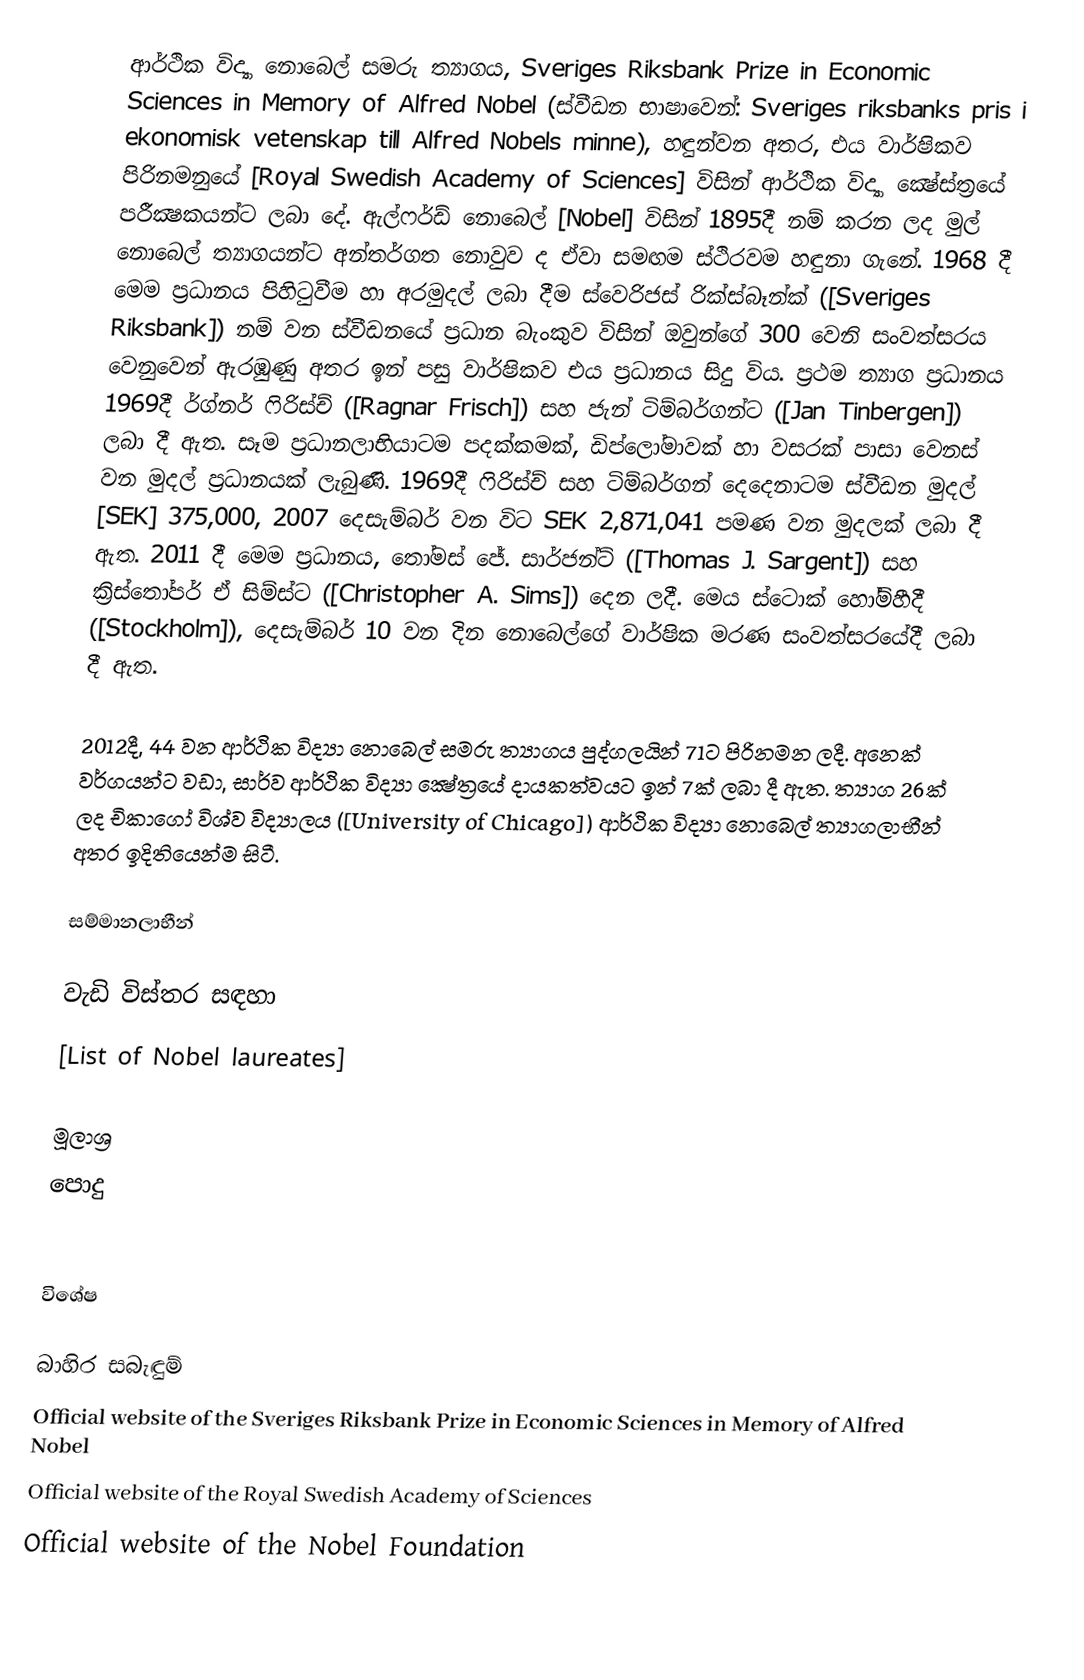
ආර්ථික විද්‍යා නොබෙල් සමරු ත්‍යාගය, Sveriges Riksbank Prize in Economic Sciences in Memory of Alfred Nobel (ස්වීඩන භාෂාවෙන්: Sveriges riksbanks pris i ekonomisk vetenskap till Alfred Nobels minne), හඳුන්වන අතර, එය වාර්ෂිකව පිරිනමනුයේ [Royal Swedish Academy of Sciences] විසින් ආර්ථික විද්‍යා ක්‍ෂේස්ත්‍රයේ පරීක්‍ෂකයන්ට ලබා දේ. ඇල්ෆර්ඩ් නොබෙල් [Nobel] විසින් 1895දී නම් කරන ලද මුල් නොබෙල් ත්‍යාගයන්ට අන්තර්ගත නොවුව ද ඒවා සමඟම ස්ථිරවම හඳුනා ගැනේ.  1968 දී මෙම ප්‍රධානය පිහිටුවීම හා අරමුදල් ලබා දීම  ස්වෙරිජස් රික්ස්බෑන්ක් ([Sveriges Riksbank]) නම් වන ස්වීඩනයේ ප්‍රධාන බැංකුව විසින් ඔවුන්ගේ 300 වෙනි සංවත්සරය වෙනුවෙන් ඇරඹුණු අතර ඉන් පසු වාර්ෂිකව එය ප්‍රධානය සිදු විය. ප්‍රථම ත්‍යාග ප්‍රධානය 1969දී ර්ග්නර් ෆිරිස්ච් ([Ragnar Frisch]) සහ ජැන් ටිම්බර්ගන්ට ([Jan Tinbergen]) ලබා දී ඇත. සෑම ප්‍රධානලාභියාටම පදක්කමක්, ඩිප්ලෝමාවක් හා වසරක් පාසා වෙනස් වන මුදල් ප්‍රධානයක් ලැබුණි. 1969දී ෆිරිස්ච් සහ ටිම්බර්ගන් දෙදෙනාටම ස්වීඩන මුදල් [SEK] 375,000, 2007 දෙසැම්බර් වන විට SEK 2,871,041 පමණ වන මුදලක් ලබා දී ඇත. 2011 දී මෙම ප්‍රධානය, තෝමස් ජේ. සාර්ජන්ට් ([Thomas J. Sargent]) සහ ක්‍රිස්තෝපර් ඒ සිම්ස්ට ([Christopher A. Sims]) දෙන ලදී. මෙය ස්ටොක් හෝම්හීදී ([Stockholm]), දෙසැම්බර් 10 වන දින නොබෙල්ගේ වාර්ෂික මරණ සංවත්සරයේදී ලබා දී ඇත.

2012දී, 44 වන ආර්ථික විද්‍යා නොබෙල් සමරු ත්‍යාගය පුද්ගලයින් 71ට පිරිනමන ලදී. අනෙක් වර්ගයන්ට වඩා, සාර්ව ආර්ථික විද්‍යා ක්‍ෂේත්‍රයේ දායකත්වයට ඉන් 7ක් ලබා දී ඇත. ත්‍යාග 26ක් ලද චිකාගෝ විශ්ව විද්‍යාලය ([University of Chicago]) ආර්ථික විද්‍යා නොබෙල් ත්‍යාගලාභීන් අතර ඉදිතියෙන්ම සිටී.

සම්මානලාභීන්

වැඩි විස්තර සඳහා
[List of Nobel laureates]

මූලාශ්‍ර​
පොදු

විශේෂ​

බාහිර සබැඳුම්
 Official website of the Sveriges Riksbank Prize in Economic Sciences in Memory of Alfred Nobel
 Official website of the Royal Swedish Academy of Sciences
 Official website of the Nobel Foundation